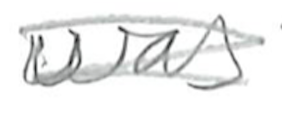
Text: was
Cross-out: scratch
Writing tool: pencil